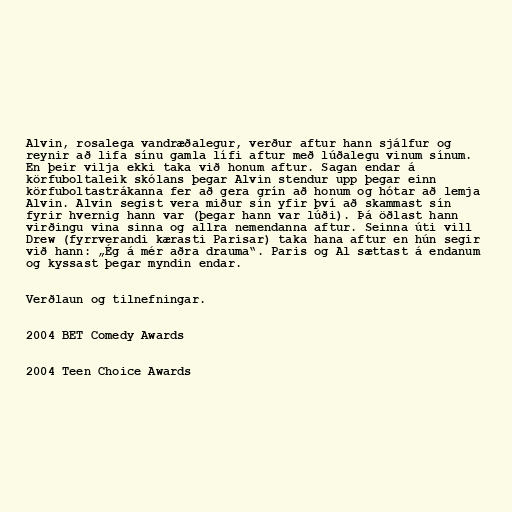
Alvin, rosalega vandræðalegur, verður aftur hann sjálfur og
reynir að lifa sínu gamla lífi aftur með lúðalegu vinum sínum.
En þeir vilja ekki taka við honum aftur. Sagan endar á
körfuboltaleik skólans þegar Alvin stendur upp þegar einn
körfuboltastrákanna fer að gera grín að honum og hótar að lemja
Alvin. Alvin segist vera miður sín yfir því að skammast sín
fyrir hvernig hann var (þegar hann var lúði). Þá öðlast hann
virðingu vina sinna og allra nemendanna aftur. Seinna úti vill
Drew (fyrrverandi kærasti Parisar) taka hana aftur en hún segir
við hann: „Ég á mér aðra drauma“. Paris og Al sættast á endanum
og kyssast þegar myndin endar.

Verðlaun og tilnefningar.

2004 BET Comedy Awards

2004 Teen Choice Awards